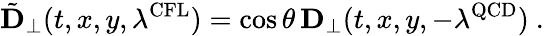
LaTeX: {\tilde{\mathbf D}}_{\perp}(t,x,y,\lambda^{\mathrm{CFL}})=\cos{\theta}\, {\mathbf D}_{\perp}(t,x,y,-\lambda^{\mathrm{QCD}})\ .